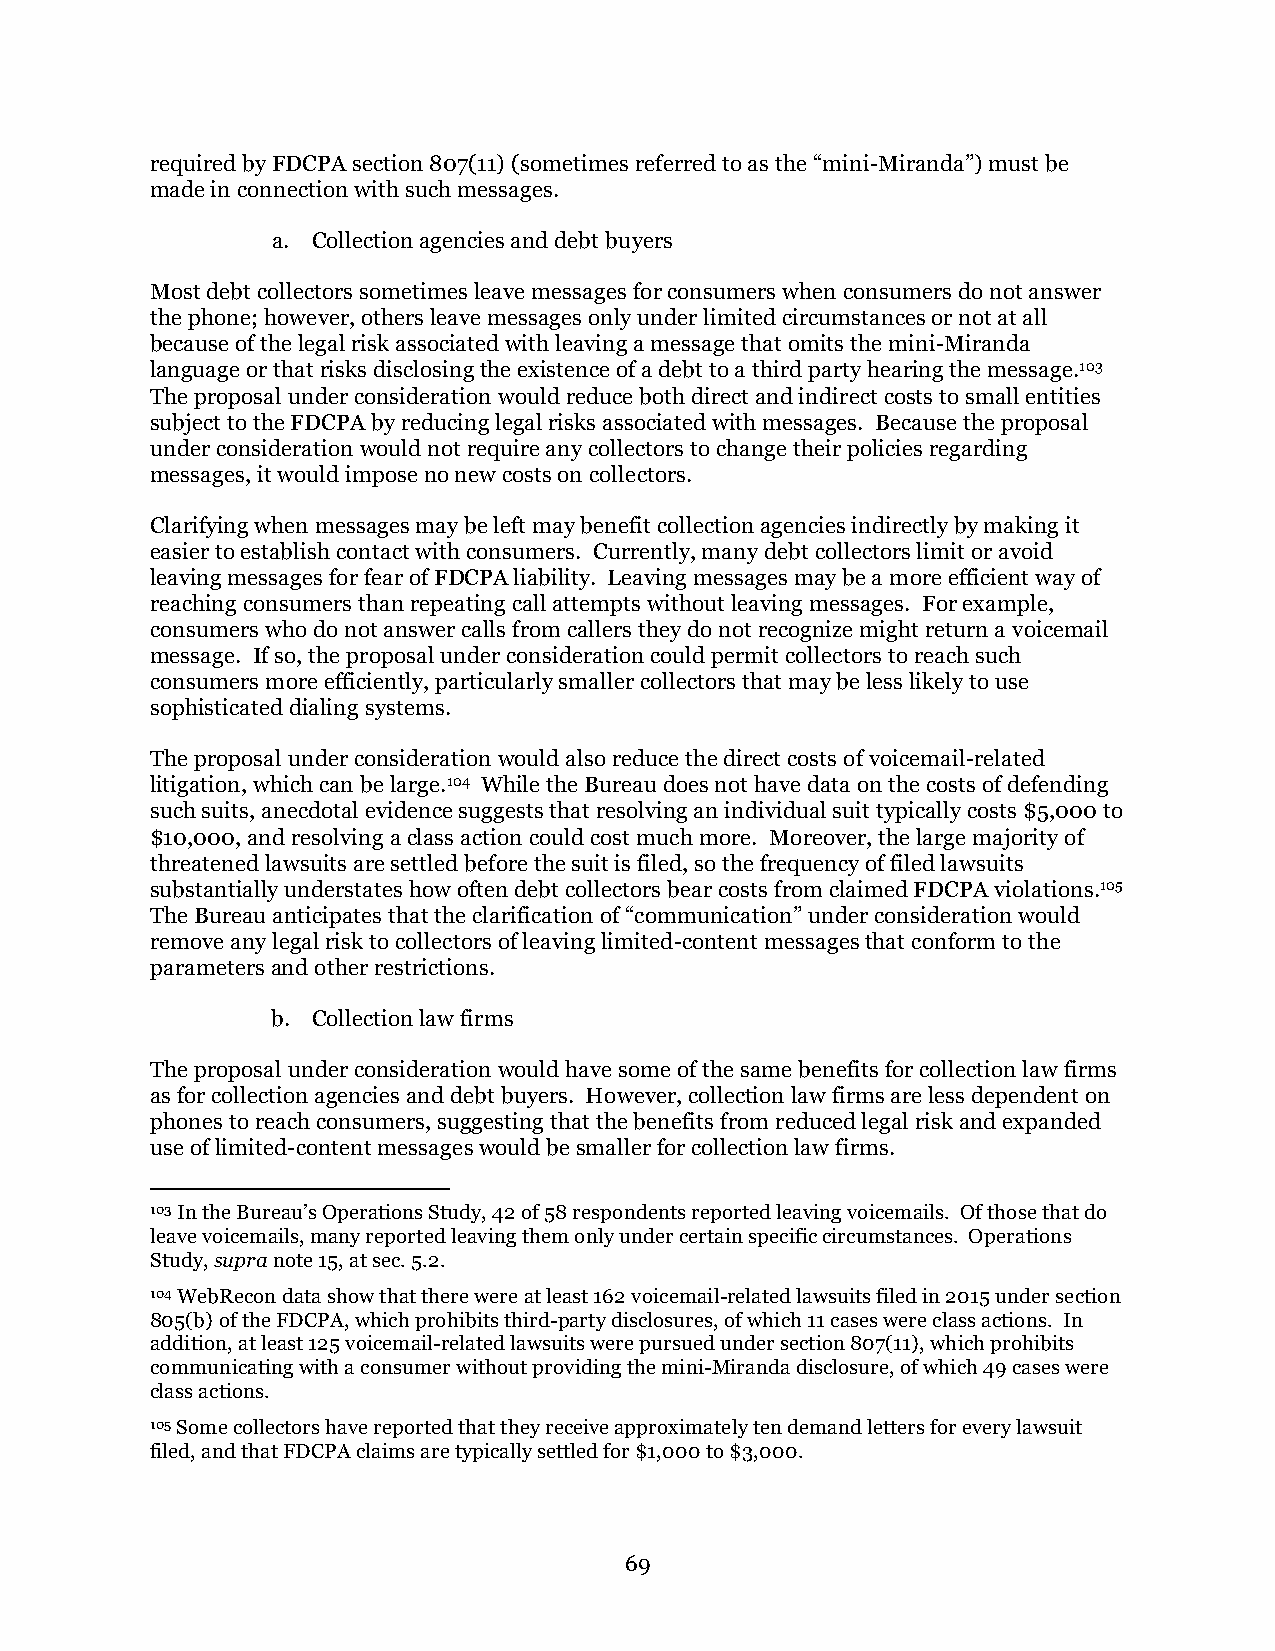
required by FDCPA section 807(11) (sometimes referred to as the “mini-Miranda”) must be
 made in connection with such messages.
 a. Collection agencies and debt buyers
 Most debt collectors sometimes leave messages for consumers when consumers do not answer
 the phone; however, others leave messages only under limited circumstances or not at all
 because of the legal risk associated with leaving a message that omits the mini-Miranda
 language or that risks disclosing the existence of a debt to a third party hearing the message.103
 The proposal under consideration would reduce both direct and indirect costs to small entities
 subject to the FDCPA by reducing legal risks associated with messages. Because the proposal
 under consideration would not require any collectors to change their policies regarding
 messages, it would impose no new costs on collectors.
 Clarifying when messages may be left may benefit collection agencies indirectly by making it
 easier to establish contact with consumers. Currently, many debt collectors limit or avoid
 leaving messages for fear of FDCPA liability. Leaving messages may be a more efficient way of
 reaching consumers than repeating call attempts without leaving messages. For example,
 consumers who do not answer calls from callers they do not recognize might return a voicemail
 message. If so, the proposal under consideration could permit collectors to reach such
 consumers more efficiently, particularly smaller collectors that may be less likely to use
 sophisticated dialing systems.
 The proposal under consideration would also reduce the direct costs of voicemail-related
 litigation, which can be large.104 While the Bureau does not have data on the costs of defending
 such suits, anecdotal evidence suggests that resolving an individual suit typically costs $5,000 to
 $10,000, and resolving a class action could cost much more. Moreover, the large majority of
 threatened lawsuits are settled before the suit is filed, so the frequency of filed lawsuits
 substantially understates how often debt collectors bear costs from claimed FDCPA violations.105
 The Bureau anticipates that the clarification of “communication” under consideration would
 remove any legal risk to collectors of leaving limited-content messages that conform to the
 parameters and other restrictions.
 b. Collection law firms
 The proposal under consideration would have some of the same benefits for collection law firms
 as for collection agencies and debt buyers. However, collection law firms are less dependent on
 phones to reach consumers, suggesting that the benefits from reduced legal risk and expanded
 use of limited-content messages would be smaller for collection law firms.
 103 In the Bureau’s Operations Study, 42 of 58 respondents reported leaving voicemails. Of those that do
 leave voicemails, many reported leaving them only under certain specific circumstances. Operations
 Study, supra note 15, at sec. 5.2.
 104 WebRecon data show that there were at least 162 voicemail-related lawsuits filed in 2015 under section
 805(b) of the FDCPA, which prohibits third-party disclosures, of which 11 cases were class actions. In
 addition, at least 125 voicemail-related lawsuits were pursued under section 807(11), which prohibits
 communicating with a consumer without providing the mini-Miranda disclosure, of which 49 cases were
 class actions.
 105 Some collectors have reported that they receive approximately ten demand letters for every lawsuit
 filed, and that FDCPA claims are typically settled for $1,000 to $3,000.
 69